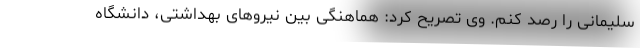
سلیمانی را رصد کنم. وی تصریح کرد: هماهنگی بین نیروهای بهداشتی، دانشگاه